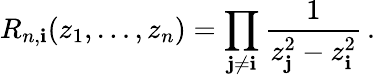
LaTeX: R_{n,\mathbf{i}}(z_{1},\dots,z_{n})=\prod_{\mathbf{j}\not{=}\mathbf{i}}\frac{{1}}{{z_{\mathbf{j}}^{2}-z_{\mathbf{i}}^{2}}}\, .